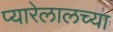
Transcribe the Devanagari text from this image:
प्यारेलालच्या